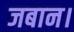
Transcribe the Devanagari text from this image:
जबान।